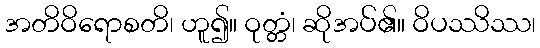
အတိဝိရောစတိ၊ ဟူ၍။ ဝုတ္တံ၊ ဆိုအပ်၏။ ဝိပဿိဿ၊